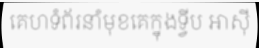
គេហទំព័រនាំមុខគេក្នុងទ្វីប អាស៊ី